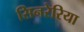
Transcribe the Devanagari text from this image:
सिनरेरिया